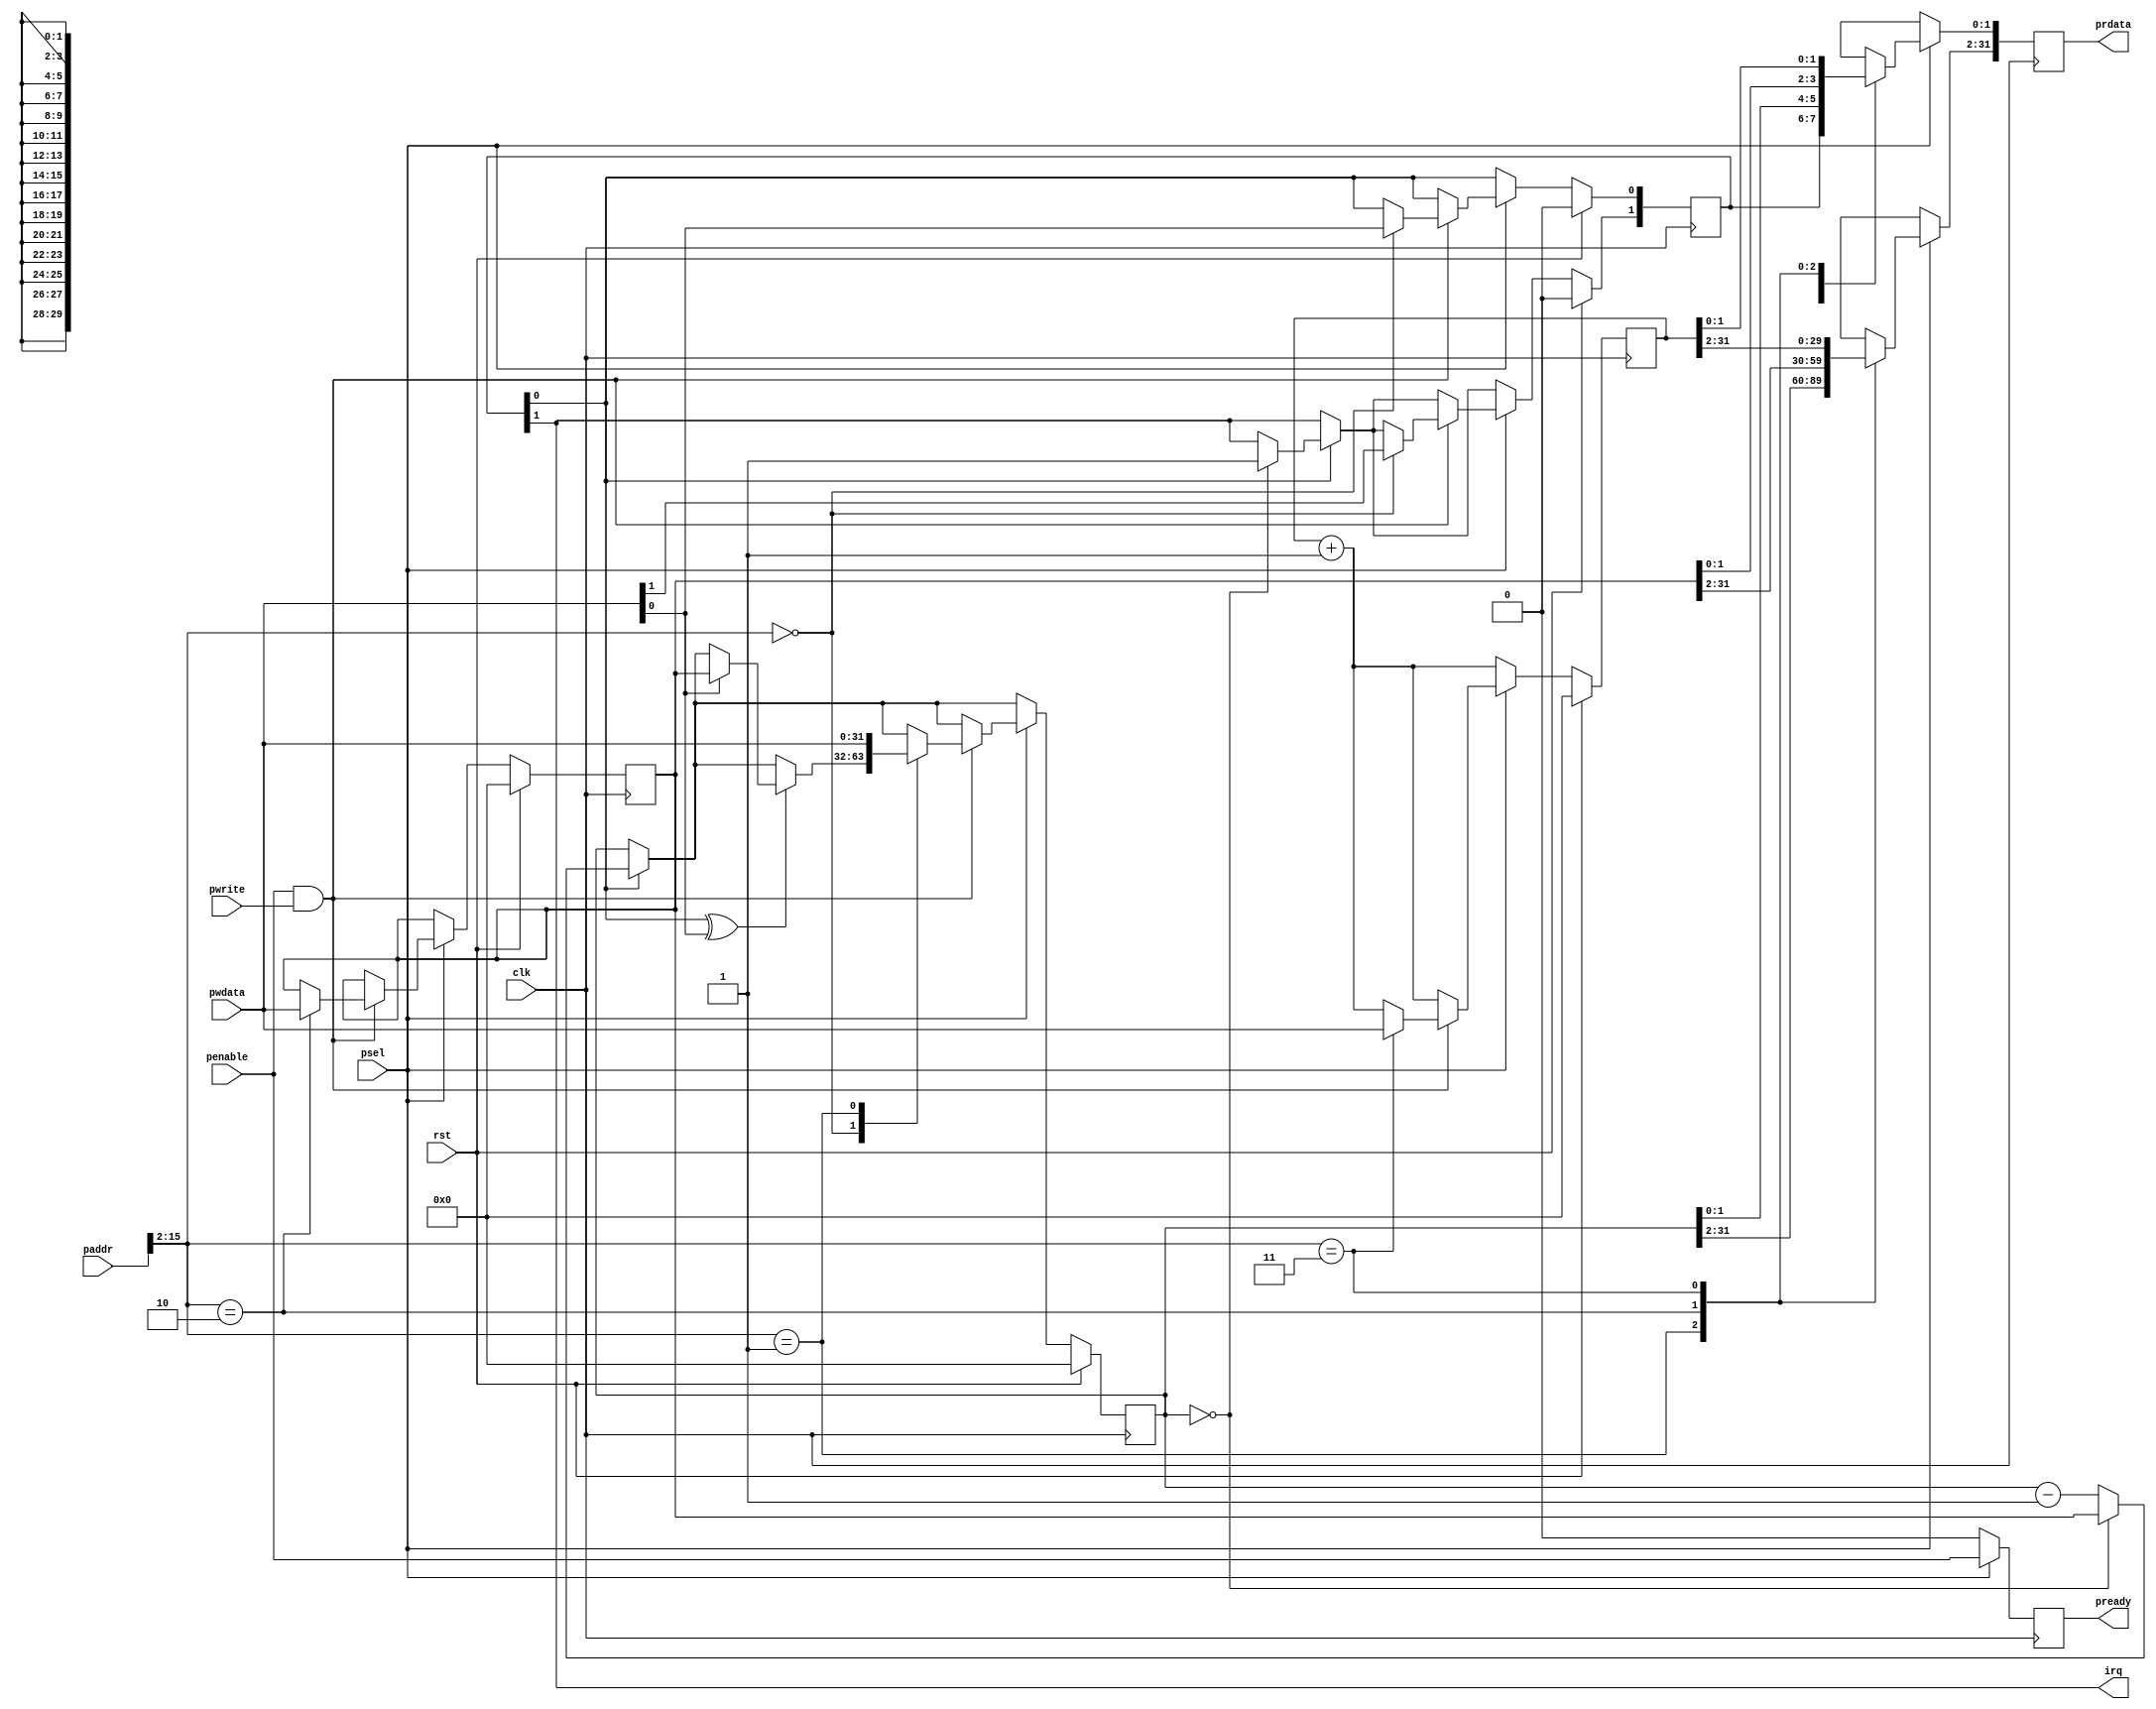
module apb_slave_timer(clk, rst,
			psel, penable, pwrite, paddr, pwdata, prdata,
			pready,
			irq);
	input	clk;
	input	rst;

	input	psel;
	input	penable;
	input	pwrite;
	input	[15:0] paddr;
	input	[31:0] pwdata;
	output	reg [31:0] prdata;
	output	reg pready;
	output	irq;

	// bit 0	enable cntdown
	// bit 1	irq pending
	reg	[1:0] tmr_cfg;
	reg	[31:0] tmr_cnt;
	reg	[31:0] tmr_div;
	reg	[31:0] tmr_free_cnt;

	assign irq = tmr_cfg[1];

always	@(posedge clk) begin
	tmr_free_cnt <= tmr_free_cnt + 1;

	if (tmr_cfg[0]) begin
		tmr_cnt <= tmr_cnt - 1;
		if (tmr_cnt == 0) begin
//			$display("timer hit, reloading %x\\\\\\\\\\\\\\\\\\\\\\\\\\\\\\\\n", tmr_div);
			tmr_cnt <= tmr_div;
			tmr_cfg[1] <= 1;
		end
	end

	prdata <= 'bx;
	pready <= 0;
	if (psel) begin
		// We do single cycle accesses
		pready <= penable;
		if (penable && pwrite) begin
			case (paddr[15:2])
				0: begin
					tmr_cfg <= pwdata[1:0];
					// When enabling the timer, reload
					// the divisor.
					if (tmr_cfg[0] ^ pwdata[0]) begin
						if (pwdata[0]) begin
							tmr_cnt <= tmr_div;
						end
					end
				end

				1: tmr_cnt <= pwdata;
				2: begin tmr_div <= pwdata;
		//			$display("wirte %x to div", pwdata);
				end
				3: tmr_free_cnt <= pwdata;
			endcase
		end
		case (paddr[15:2])
			0: prdata[1:0] <= tmr_cfg;
			1: prdata <= tmr_cnt;
			2: prdata <= tmr_div;
			3: begin
				prdata <= tmr_free_cnt;
			end
		endcase
	end

	if (rst) begin
		tmr_free_cnt <= 0;
		tmr_cnt <= 0;
		tmr_div <= 0;
		tmr_cfg <= 0;
	end
end
endmodule